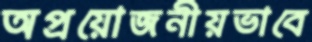
অপ্রয়োজনীয়ভাবে